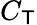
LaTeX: C_{\mathsf{T}}